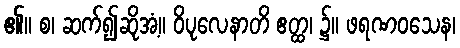
၏။ စ၊ ဆက်၍ဆိုအံ့။ ဝိပုလေနာတိ ဧတ္ထ၊ ၌။ ဖရဏဝသေန၊